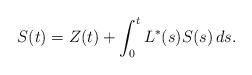
LaTeX: \begin{align*}S(t) = Z(t) + \int_0^t L^*(s) S(s) \, ds. \end{align*}